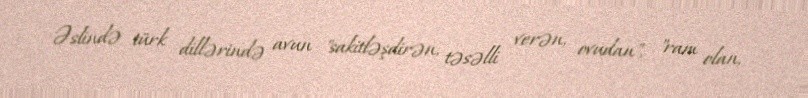
Əslində türk dillərində avun "sakitləşdirən, təsəlli verən, ovudan", "ram olan,